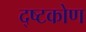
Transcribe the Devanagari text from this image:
द्ष्टकोण